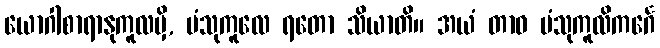
ယောဂါစာရာနုကူလမှိ, ပံသုကူလေ ရတော သိယာတိ။ အယံ တာဝ ပံသုကူလိကင်္ဂေ